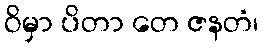
ဝိမှာ ပိတာ တေ ဇနတံ၊